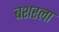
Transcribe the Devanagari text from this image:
बशरला